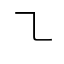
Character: ㇍